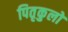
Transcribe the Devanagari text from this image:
पितृकुलों